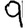
Digit: 9